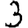
Digit: 3